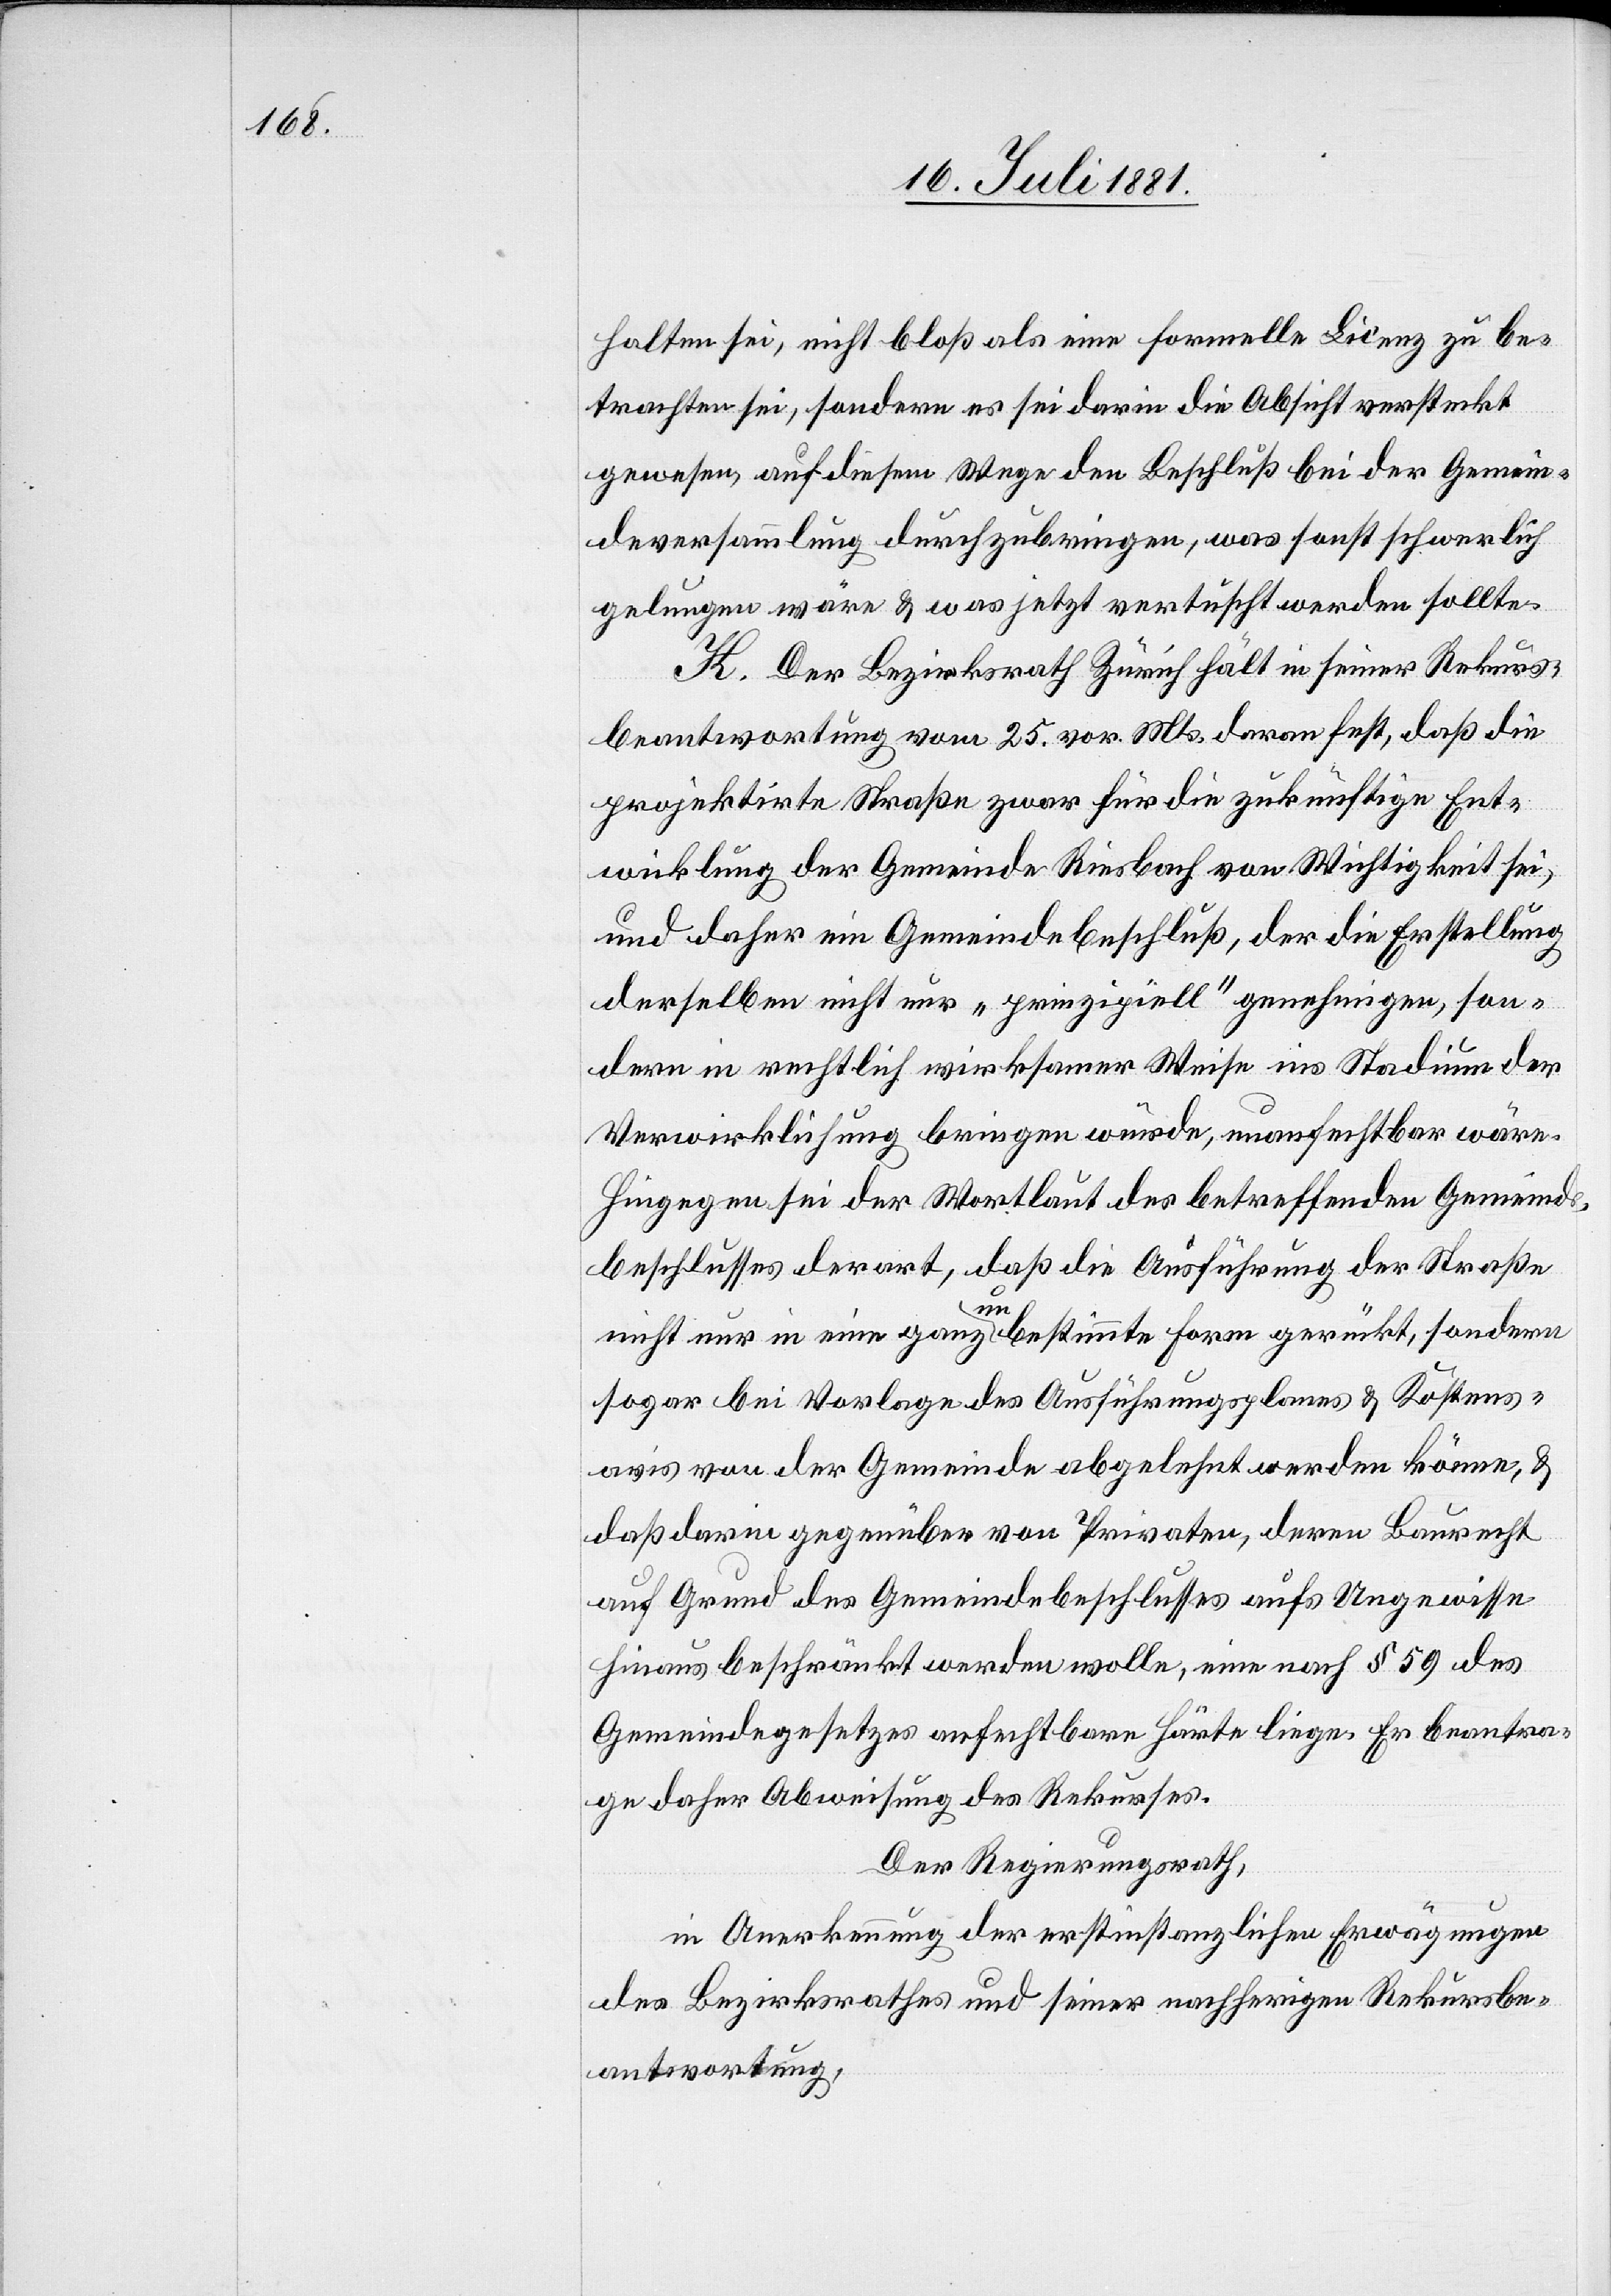
halten sei, nicht bloß als eine formelle Licenz zu be¬
trachten sei, sondern es sei darin die Absicht versteckt
gewesen, auf diesem Wege den Beschluß bei der Gemein¬
deversammlung durchzubringen, was sonst schwerlich
gelungen wäre & was jetzt vertuscht werden sollte.
K. Der Bezirksrath Zürich hält in seiner Rekurs¬
beantwortung vom 25. vor. Mts. daran fest, daß die
projektirte Straße zwar für die zukünftige Ent¬
wicklung der Gemeinde Riesbach von Wichtigkeit sei,
und daher ein Gemeindebeschluß, der die Erstellung
derselben nicht nur „prinzipiell“ genehmigen, son¬
dern in rechtlich wirksamer Weise ins Stadium der
Verwirklichung bringen würde, unanfechtbar wäre.
Hingegen sei der Wortlaut des betreffenden Gemeinds¬
beschlusses derart, daß die Ausführung der Straße
nicht nur in eine ganz unbestimmte Form gewürkt, sondern
sogar bei Vorlage des Ausführungsplanes & Kostens¬
avis von der Gemeinde abgelehnt werden könne, &
daß darin gegenüber von Privaten, deren Baurecht
auf Grund des Gemeindebeschlusses aufs Ungewisse
hinaus beschränkt werden wolle, eine nach § 59 des
Gemeindegesetzes anfechtbare Härte liege. Er beantra¬
ge daher Abweisung des Rekurses.
Der Regierungsrath,
in Anerkennung der erstinstanzlichen Erwägungen
des Bezirksrathes und seiner nachherigen Rekursbe¬
antwortung,